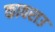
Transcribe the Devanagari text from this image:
कावराउ